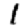
Digit: 1